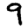
Digit: 9